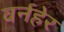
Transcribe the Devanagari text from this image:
वर्नहेर